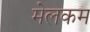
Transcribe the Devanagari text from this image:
मेलकम